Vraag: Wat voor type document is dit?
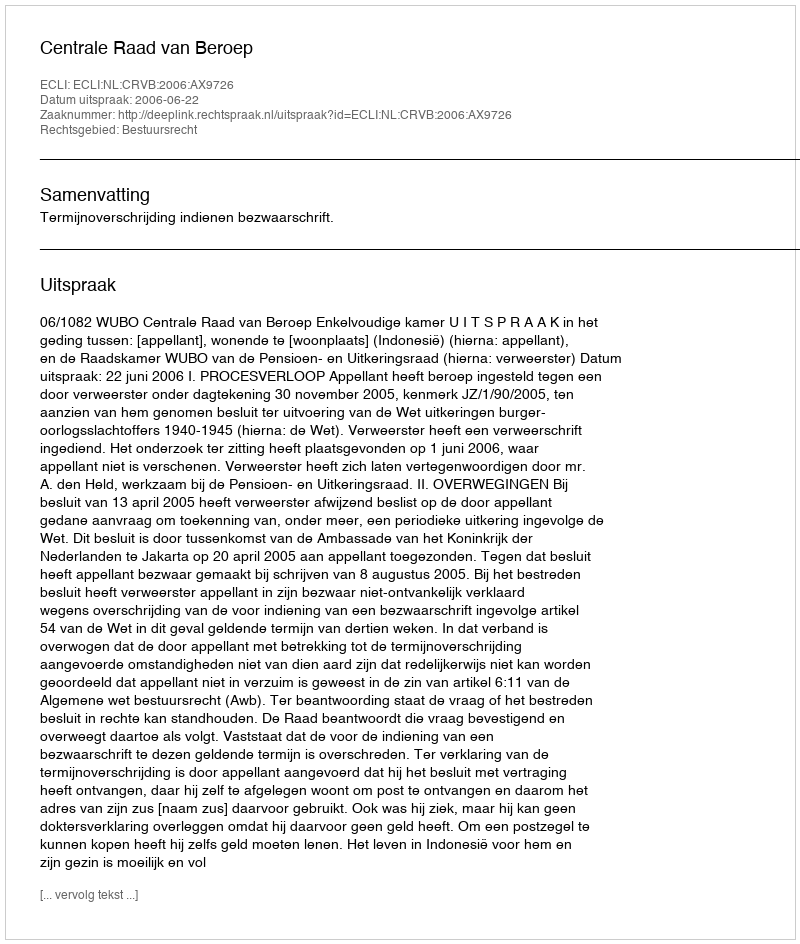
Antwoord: Uitspraak